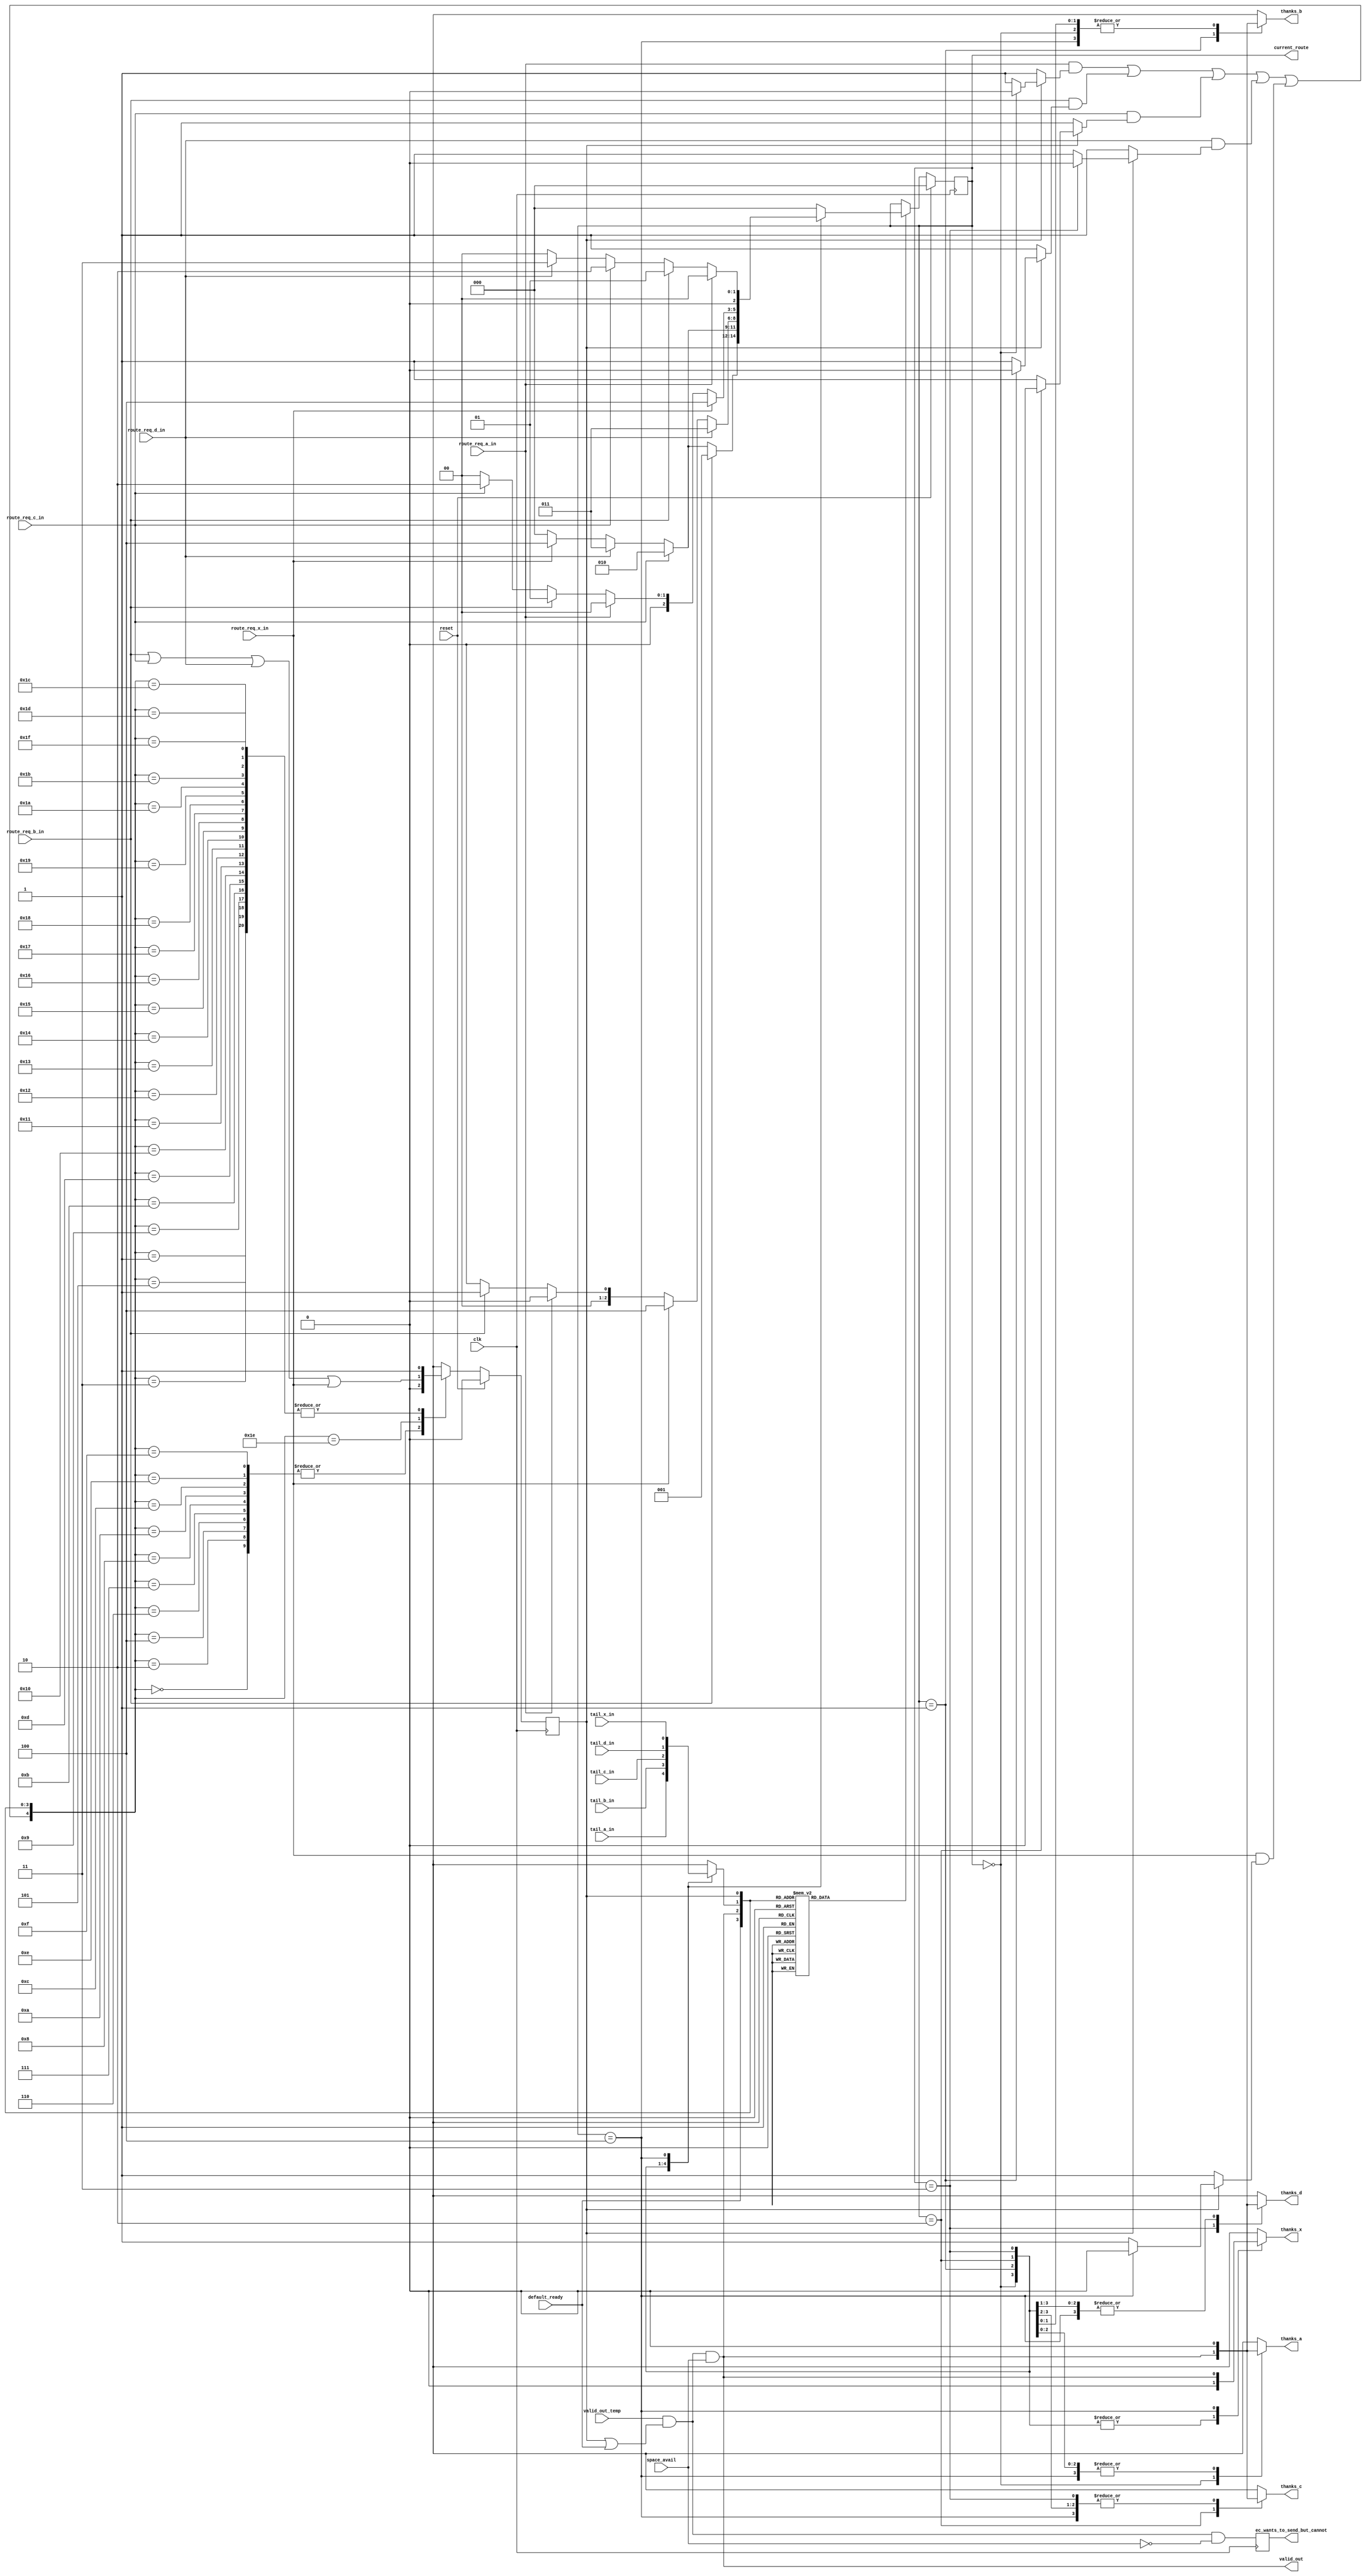
module dynamic_output_control(thanks_a, thanks_b, thanks_c, thanks_d, thanks_x, valid_out, current_route, ec_wants_to_send_but_cannot, clk, reset, route_req_a_in, route_req_b_in, route_req_c_in, route_req_d_in, route_req_x_in, tail_a_in, tail_b_in, tail_c_in, tail_d_in, tail_x_in, valid_out_temp, default_ready, space_avail);

// begin port declarations

output thanks_a;
output thanks_b;
output thanks_c;
output thanks_d;
output thanks_x;

output valid_out;

output [2:0] current_route;
output    ec_wants_to_send_but_cannot;

input clk;
input reset;

input route_req_a_in;
input route_req_b_in;
input route_req_c_in;
input route_req_d_in;
input route_req_x_in;

input tail_a_in;
input tail_b_in;
input tail_c_in;
input tail_d_in;
input tail_x_in;

input valid_out_temp;

input default_ready;

input space_avail;

// end port declarations







//This is the state
reg [2:0]current_route_f;
reg planned_f;

//inputs to the state
wire [2:0] current_route_temp;

//wires
wire planned_or_default;
// wire route_req_all_or;
wire route_req_all_or_with_planned;
wire route_req_all_but_default;
wire valid_out_internal;

//wire regs
reg new_route_needed;
reg planned_temp;
reg [2:0] new_route;
reg tail_current_route;
/*reg route_req_planned;*/
reg route_req_a_mask;
reg route_req_b_mask;
reg route_req_c_mask;
reg route_req_d_mask;
reg route_req_x_mask;


//more wire regs for the thanks lines
reg thanks_a;
reg thanks_b;
reg thanks_c;
reg thanks_d;
reg thanks_x;

reg    ec_wants_to_send_but_cannot;

//assigns
assign planned_or_default = planned_f | default_ready;
assign valid_out_internal = valid_out_temp & planned_or_default & space_avail;

// mbt: if valid_out_interal is a critical path, we can use some "bleeder" gates to decrease the load of the ec stuff
always @(posedge clk)
  begin
     ec_wants_to_send_but_cannot <= valid_out_temp & planned_or_default & ~space_avail;
  end

/* assign route_req_all_or = route_req_a_in | route_req_b_in | route_req_c_in | route_req_d_in | route_req_x_in; */
assign current_route_temp = (new_route_needed) ? new_route : current_route_f;
assign current_route = current_route_f;
//this is everything except the currentl planned route's request
assign route_req_all_or_with_planned = (route_req_a_in & route_req_a_mask) | (route_req_b_in & route_req_b_mask) | (route_req_c_in & route_req_c_mask) | (route_req_d_in & route_req_d_mask) | (route_req_x_in & route_req_x_mask);
//calculates whether the nib that we are going to has space
assign route_req_all_but_default = route_req_b_in | route_req_c_in | route_req_d_in | route_req_x_in;

assign valid_out = valid_out_internal;

//instantiations
//space_avail space(.valid(valid_out_internal), .clk(clk), .reset(reset), .yummy(yummy_in), .spc_avail(space_avail));
//THIS HAS BEEN MOVED to dynamic_output_top

//a mux for current_route_f's tail bit
always @ (current_route_f or tail_a_in or tail_b_in or tail_c_in or tail_d_in or tail_x_in)
begin
	(* parallel_case *) case(current_route_f)
	3'b000:
	begin
		tail_current_route <= tail_a_in;
	end
	3'b001:
	begin
		tail_current_route <= tail_b_in;
	end
	3'b010:
	begin
		tail_current_route <= tail_c_in;
	end
	3'b011:
	begin
		tail_current_route <= tail_d_in;
	end
	3'b100:
	begin
		tail_current_route <= tail_x_in;
	end
	default:
	begin
		tail_current_route <= 1'bx; //This is probably dangerous, but I
					    //really need the speed here and
					    //I don't want the synthesizer to
					    //mess me up if I put a real value
					    //here
	end
	endcase
end

always @ (current_route_f or valid_out_internal)
begin
	case(current_route_f)
	3'b000:
	begin
		thanks_a <= valid_out_internal;
		thanks_b <= 1'b0;
		thanks_c <= 1'b0;
		thanks_d <= 1'b0;
		thanks_x <= 1'b0;
	end
	3'b001:
	begin
		thanks_a <= 1'b0;
		thanks_b <= valid_out_internal;
		thanks_c <= 1'b0;
		thanks_d <= 1'b0;
		thanks_x <= 1'b0;
	end
	3'b010:
	begin
		thanks_a <= 1'b0;
		thanks_b <= 1'b0;
		thanks_c <= valid_out_internal;
		thanks_d <= 1'b0;
		thanks_x <= 1'b0;
	end
	3'b011:
	begin
		thanks_a <= 1'b0;
		thanks_b <= 1'b0;
		thanks_c <= 1'b0;
		thanks_d <= valid_out_internal;
		thanks_x <= 1'b0;
	end
	3'b100:
	begin
		thanks_a <= 1'b0;
		thanks_b <= 1'b0;
		thanks_c <= 1'b0;
		thanks_d <= 1'b0;
		thanks_x <= valid_out_internal;
	end
	default:
	begin
		thanks_a <= 1'bx;
		thanks_b <= 1'bx;
		thanks_c <= 1'bx;
		thanks_d <= 1'bx;
		thanks_x <= 1'bx;
					//once again this is very dangerous
					//but I want to see the timing this
					//way and we sould never get here
	end
	endcase
end

//this is the rotating priority encoder
/*
always @(current_route_f or route_req_a_in or route_req_b_in or route_req_c_in or route_req_d_in or route_req_x_in)
begin
	case(current_route_f)
	`ROUTE_A:
	begin
		new_route <= (route_req_b_in)?`ROUTE_B:((route_req_c_in)?`ROUTE_C:((route_req_d_in)?`ROUTE_D:((route_req_x_in)?`ROUTE_X:`ROUTE_A)));
	end
	`ROUTE_B:
	begin
		new_route <= (route_req_c_in)?`ROUTE_C:((route_req_d_in)?`ROUTE_D:((route_req_x_in)?`ROUTE_X:((route_req_a_in)?`ROUTE_A:((route_req_b_in)?`ROUTE_B:`ROUTE_A))));
	end
	`ROUTE_C:
	begin
		new_route <= (route_req_d_in)?`ROUTE_D:((route_req_x_in)?`ROUTE_X:((route_req_a_in)?`ROUTE_A:((route_req_b_in)?`ROUTE_B:((route_req_c_in)?`ROUTE_C:`ROUTE_A))));
	end
	`ROUTE_D:
	begin
		new_route <= (route_req_c_in)?`ROUTE_C:((route_req_d_in)?`ROUTE_D:((route_req_x_in)?`ROUTE_X:((route_req_a_in)?`ROUTE_A:((route_req_b_in)?`ROUTE_B:`ROUTE_A))));
	end
	`ROUTE_X:
	begin
		new_route <= (route_req_x_in)?`ROUTE_X:((route_req_a_in)?`ROUTE_A:((route_req_b_in)?`ROUTE_B:((route_req_c_in)?`ROUTE_C:((route_req_d_in)?`ROUTE_D:`ROUTE_A))));
	end
	default:
	begin
		new_route <= `ROUTE_A;
			//this one I am not willing to chince on
	end
	endcase
end
*/
//end the rotating priority encoder

//this is the rotating priority encoder
always @(current_route_f or route_req_a_in or route_req_b_in or route_req_c_in or route_req_d_in or route_req_x_in)
begin
	case(current_route_f)
	3'b000:
	begin
		new_route <= (route_req_b_in)?3'b001:((route_req_c_in)?3'b010:((route_req_d_in)?3'b011:((route_req_x_in)?3'b100:3'b000)));
	end
	3'b001:
	begin
		new_route <= (route_req_c_in)?3'b010:((route_req_d_in)?3'b011:((route_req_x_in)?3'b100:((route_req_a_in)?3'b000:3'b000)));
	end
	3'b010:
	begin
		new_route <= (route_req_d_in)?3'b011:((route_req_x_in)?3'b100:((route_req_a_in)?3'b000:((route_req_b_in)?3'b001:3'b000)));
	end
	3'b011:
	begin
		new_route <= (route_req_x_in)?3'b100:((route_req_a_in)?3'b000:((route_req_b_in)?3'b001:((route_req_c_in)?3'b010:3'b000)));
	end
	3'b100:
	begin
		new_route <= (route_req_a_in)?3'b000:((route_req_b_in)?3'b001:((route_req_c_in)?3'b010:((route_req_d_in)?3'b011:3'b000)));
	end
	default:
	begin
		new_route <= 3'b000;
			//this one I am not willing to chince on
	end
	endcase
end
//end the rotating priority encoder

always @(current_route_f or planned_f)
begin
	if(planned_f)
	begin
		case(current_route_f)
		3'b000:
			begin
				route_req_a_mask <= 1'b0;
				route_req_b_mask <= 1'b1;
				route_req_c_mask <= 1'b1;
				route_req_d_mask <= 1'b1;
				route_req_x_mask <= 1'b1;
			end
		3'b001:
			begin
				route_req_a_mask <= 1'b1;
				route_req_b_mask <= 1'b0;
				route_req_c_mask <= 1'b1;
				route_req_d_mask <= 1'b1;
				route_req_x_mask <= 1'b1;
			end
		3'b010:
			begin
				route_req_a_mask <= 1'b1;
				route_req_b_mask <= 1'b1;
				route_req_c_mask <= 1'b0;
				route_req_d_mask <= 1'b1;
				route_req_x_mask <= 1'b1;
			end
		3'b011:
			begin
				route_req_a_mask <= 1'b1;
				route_req_b_mask <= 1'b1;
				route_req_c_mask <= 1'b1;
				route_req_d_mask <= 1'b0;
				route_req_x_mask <= 1'b1;
			end
		3'b100:
			begin
				route_req_a_mask <= 1'b1;
				route_req_b_mask <= 1'b1;
				route_req_c_mask <= 1'b1;
				route_req_d_mask <= 1'b1;
				route_req_x_mask <= 1'b0;
			end
		default:
			begin
				route_req_a_mask <= 1'b1;
				route_req_b_mask <= 1'b1;
				route_req_c_mask <= 1'b1;
				route_req_d_mask <= 1'b1;
				route_req_x_mask <= 1'b1;
			end
		endcase
	end
	else
	begin
		route_req_a_mask <= 1'b1;
		route_req_b_mask <= 1'b1;
		route_req_c_mask <= 1'b1;
		route_req_d_mask <= 1'b1;
		route_req_x_mask <= 1'b1;
	end
end

//calculation of new_route_needed
always @ (planned_f or tail_current_route or valid_out_internal or default_ready)
begin
	(* parallel_case *) case({default_ready, valid_out_internal, tail_current_route, planned_f})
	4'b0000:	new_route_needed <= 1'b1;
	4'b0001:	new_route_needed <= 1'b0;
	4'b0010:	new_route_needed <= 1'b1;
	4'b0011:	new_route_needed <= 1'b0;
	4'b0100:	new_route_needed <= 1'b0;	//This line should probably be turned to a 1 if we are to implement "Mikes fairness" schema
	4'b0101:	new_route_needed <= 1'b0;	//This line should probably be turned to a 1 if we are to implement "Mikes fairness" schema
	4'b0110:	new_route_needed <= 1'b1;
	4'b0111:	new_route_needed <= 1'b1;

	4'b1000:	new_route_needed <= 1'b1;
	4'b1001:	new_route_needed <= 1'b0;
//	4'b1010:	new_route_needed <= 1'b0;	//this is scary CHECK THIS BEFORE CHIP SHIPS
	4'b1010:	new_route_needed <= 1'b1;	//this is the case where there is a zero length message on the default route that is not being sent this cycle therefore we should let something be locked in, but it doesn't necessarily just the default route.  Remember that the default route is the last choice in the priority encoder, but if nothing else is requesting, the default route will be planned and locked in.
    //yanqiz change from 0->1
	4'b1011:	new_route_needed <= 1'b0;
	4'b1100:	new_route_needed <= 1'b0;
	4'b1101:	new_route_needed <= 1'b0;
	4'b1110:	new_route_needed <= 1'b1;
	4'b1111:	new_route_needed <= 1'b1;
	default:	new_route_needed <= 1'b1;
			//safest choice should never occur
	endcase
end

//calculation of planned_temp
//random five input function
always @ (planned_f or tail_current_route or valid_out_internal or default_ready or route_req_all_or_with_planned or route_req_all_but_default)
begin
	(* parallel_case *) case({route_req_all_or_with_planned, default_ready, valid_out_internal, tail_current_route, planned_f})
	5'b00000:	planned_temp <= 1'b0;
	5'b00001:	planned_temp <= 1'b1;
	5'b00010:	planned_temp <= 1'b0;
	5'b00011:	planned_temp <= 1'b1;
	5'b00100:	planned_temp <= 1'b0;	//error what did we just send
	5'b00101:	planned_temp <= 1'b1;
	5'b00110:	planned_temp <= 1'b0;	//error
	5'b00111:	planned_temp <= 1'b0;

	5'b01000:	planned_temp <= 1'b0;	//error
	5'b01001:	planned_temp <= 1'b1;
	5'b01010:	planned_temp <= 1'b0;	//This actually cannot happen
	5'b01011:	planned_temp <= 1'b1;
	5'b01100:	planned_temp <= 1'b0;	//What did we just send?
	5'b01101:	planned_temp <= 1'b1;
	5'b01110:	planned_temp <= 1'b0;	//error
	5'b01111:	planned_temp <= 1'b0;	//The default route is
						//currently planned but
						//is ending this cycle
						//and nobody else wants to go
						//This is a delayed zero length
						//message on the through route
	5'b10000:	planned_temp <= 1'b1;
	5'b10001:	planned_temp <= 1'b1;
	5'b10010:	planned_temp <= 1'b1;
	5'b10011:	planned_temp <= 1'b1;
	5'b10100:	planned_temp <= 1'b1;
	5'b10101:	planned_temp <= 1'b1;
	5'b10110:	planned_temp <= 1'b1;
	5'b10111:	planned_temp <= 1'b1;
	5'b11000:	planned_temp <= 1'b1;
	5'b11001:	planned_temp <= 1'b1;
	5'b11010:	planned_temp <= 1'b1;
	5'b11011:	planned_temp <= 1'b1;
	5'b11100:	planned_temp <= 1'b1;
	5'b11101:	planned_temp <= 1'b1;
//	5'b11110:	planned_temp <= 1'b0;	//This is wrong becasue if
						//there is a default
						//route zero length message
						//that is being sent and
						//somebody else wants to send
						//on the next cycle
	5'b11110:	planned_temp <= route_req_all_but_default;
	5'b11111:	planned_temp <= 1'b1;
	default:	planned_temp <= 1'b0;
	endcase
end

//take care of syncrhonous stuff
always @(posedge clk)
begin
	if(reset)
	begin
		current_route_f <= 3'd0;
		planned_f <= 1'd0;
	end
	else
	begin
		current_route_f <= current_route_temp;
		planned_f <= planned_temp;
	end
end

endmodule